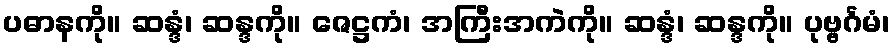
ပဓာနကို။ ဆန္ဒံ၊ ဆန္ဒကို။ ဇေဋ္ဌကံ၊ အကြီးအကဲကို။ ဆန္ဒံ၊ ဆန္ဒကို။ ပုဗ္ဗင်္ဂမံ၊